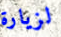
لزيارة